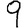
Digit: 9